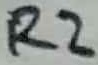
Text: R2